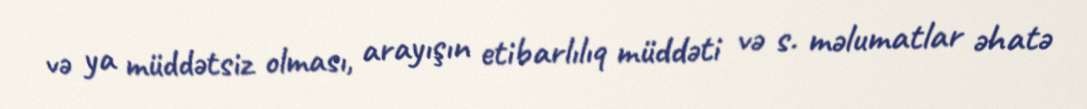
və ya müddətsiz olması, arayışın etibarlılıq müddəti və s. məlumatlar əhatə